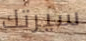
سيرتك